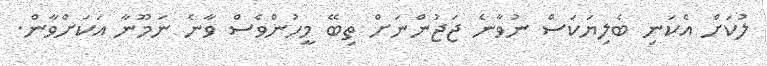
ލުކަށް އެކަނި ބެލިޔަކަސް ނުވާނެ ޖަޖުންނަށް ތިބޭ މީހުންވެސް ވާނެ ނަމޫނާ އަކަށްވާން.